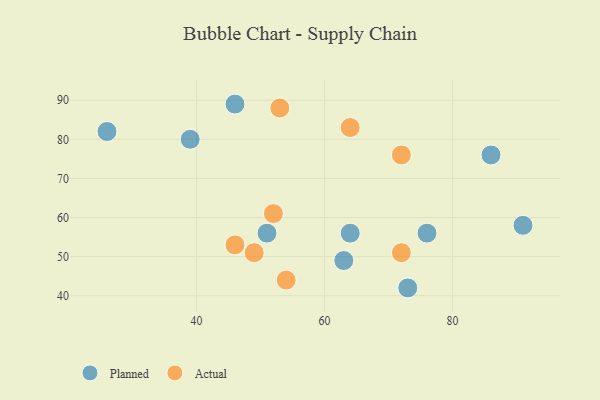
{"axis": {"x": "GDP", "y": "Life Expectancy"}, "legend": ["Actual", "Planned"], "data": [{"x": "26", "y": 82, "type": "Planned"}, {"x": "63", "y": 49, "type": "Planned"}, {"x": "91", "y": 58, "type": "Planned"}, {"x": "73", "y": 42, "type": "Planned"}, {"x": "86", "y": 76, "type": "Planned"}, {"x": "64", "y": 56, "type": "Planned"}, {"x": "51", "y": 56, "type": "Planned"}, {"x": "39", "y": 80, "type": "Planned"}, {"x": "46", "y": 89, "type": "Planned"}, {"x": "76", "y": 56, "type": "Planned"}, {"x": "72", "y": 76, "type": "Actual"}, {"x": "53", "y": 88, "type": "Actual"}, {"x": "46", "y": 53, "type": "Actual"}, {"x": "64", "y": 83, "type": "Actual"}, {"x": "54", "y": 44, "type": "Actual"}, {"x": "72", "y": 51, "type": "Actual"}, {"x": "52", "y": 61, "type": "Actual"}, {"x": "49", "y": 51, "type": "Actual"}]}